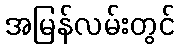
အမြန်လမ်းတွင်